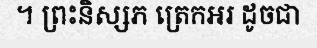
។ ព្រះនិស្សភ ត្រេកអរ ដូចជា